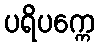
ပရိပက္ကေ